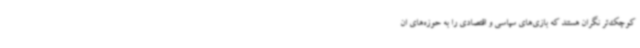
کوچک‌تر نگران هستند که بازی‌های سیاسی و اقتصادی را به حوزه‌های ان